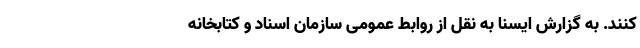
کنند. به گزارش ایسنا به نقل از روابط عمومی سازمان اسناد و کتابخانه